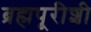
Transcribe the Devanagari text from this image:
ब्रह्मपूरीशी